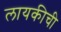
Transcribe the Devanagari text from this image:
लायकीची